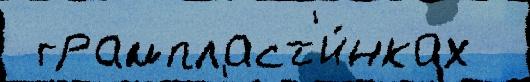
 грампласт'и́нках